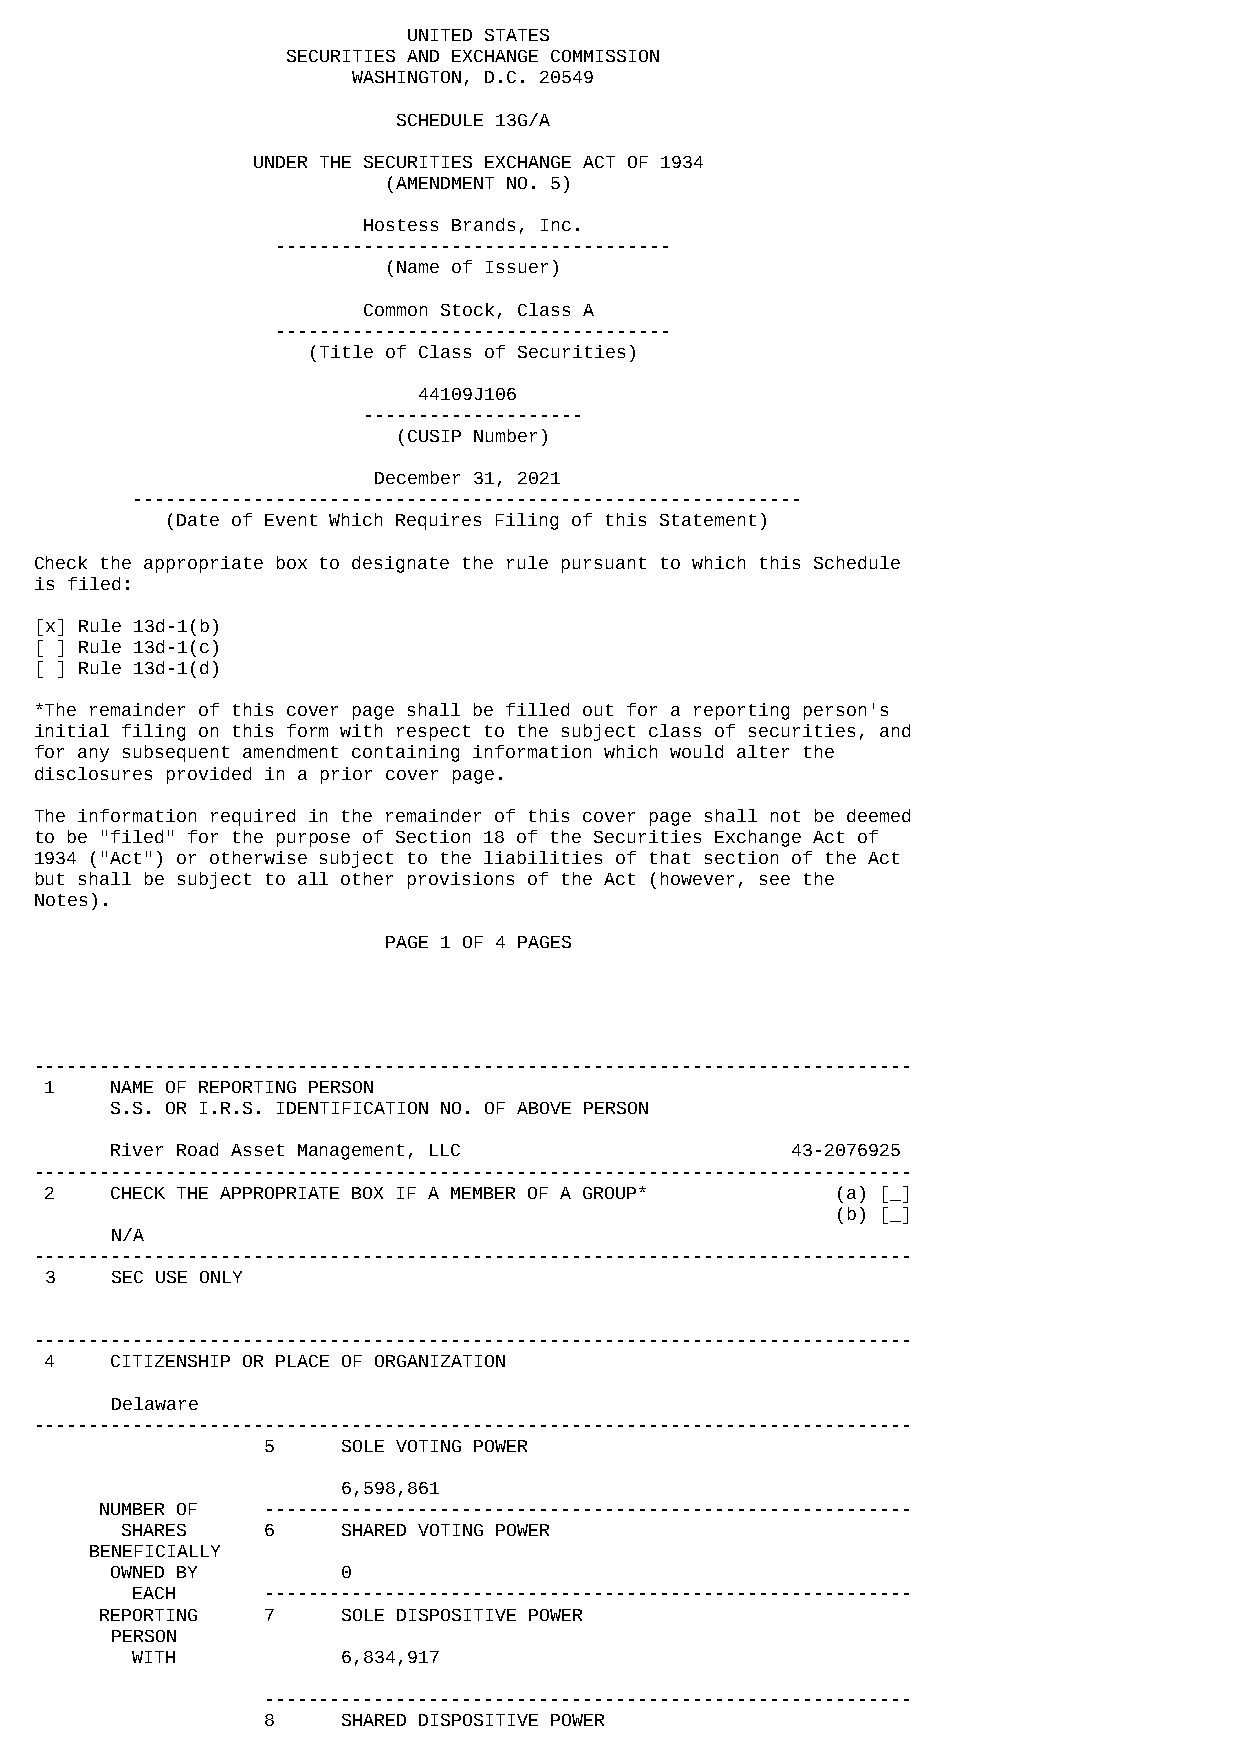
UNITED STATES
 SECURITIES AND EXCHANGE COMMISSION
 WASHINGTON, D.C. 20549
 SCHEDULE 13G/A
 UNDER THE SECURITIES EXCHANGE ACT OF 1934
 (AMENDMENT NO. 5)
 Hostess Brands, Inc.
 ------------------------------------
 (Name of Issuer)
 Common Stock, Class A
 ------------------------------------
 (Title of Class of Securities)
 44109J106
 --------------------
 (CUSIP Number)
 December 31, 2021
 -------------------------------------------------------------
 (Date of Event Which Requires Filing of this Statement)
 Check the appropriate box to designate the rule pursuant to which this Schedule
 is filed:
 [x] Rule 13d-1(b)
 [ ] Rule 13d-1(c)
 [ ] Rule 13d-1(d)
 *The remainder of this cover page shall be filled out for a reporting person's
 initial filing on this form with respect to the subject class of securities, and
 for any subsequent amendment containing information which would alter the
 disclosures provided in a prior cover page.
 The information required in the remainder of this cover page shall not be deemed
 to be "filed" for the purpose of Section 18 of the Securities Exchange Act of
 1934 ("Act") or otherwise subject to the liabilities of that section of the Act
 but shall be subject to all other provisions of the Act (however, see the
 Notes).
 PAGE 1 OF 4 PAGES
 --------------------------------------------------------------------------------
 1   NAME OF REPORTING PERSON
 S.S. OR I.R.S. IDENTIFICATION NO. OF ABOVE PERSON
 River Road Asset Management, LLC             43-2076925
 --------------------------------------------------------------------------------
 2   CHECK THE APPROPRIATE BOX IF A MEMBER OF A GROUP* (a) [_]
 (b) [_]
 N/A
 --------------------------------------------------------------------------------
 3   SEC USE ONLY
 --------------------------------------------------------------------------------
 4   CITIZENSHIP OR PLACE OF ORGANIZATION
 Delaware
 --------------------------------------------------------------------------------
 5    SOLE VOTING POWER
 6,598,861
 NUMBER OF  -----------------------------------------------------------
 SHARES    6    SHARED VOTING POWER
 BENEFICIALLY
 OWNED BY        0
 EACH     -----------------------------------------------------------
 REPORTING  7    SOLE DISPOSITIVE POWER
 PERSON
 WITH          6,834,917
 -----------------------------------------------------------
 8    SHARED DISPOSITIVE POWER